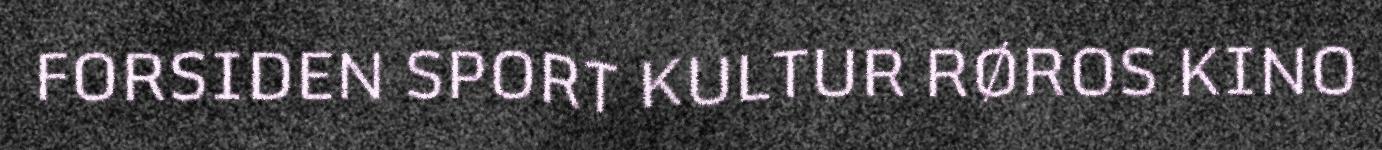
FORSIDEN SPORT KULTUR RØROS KINO